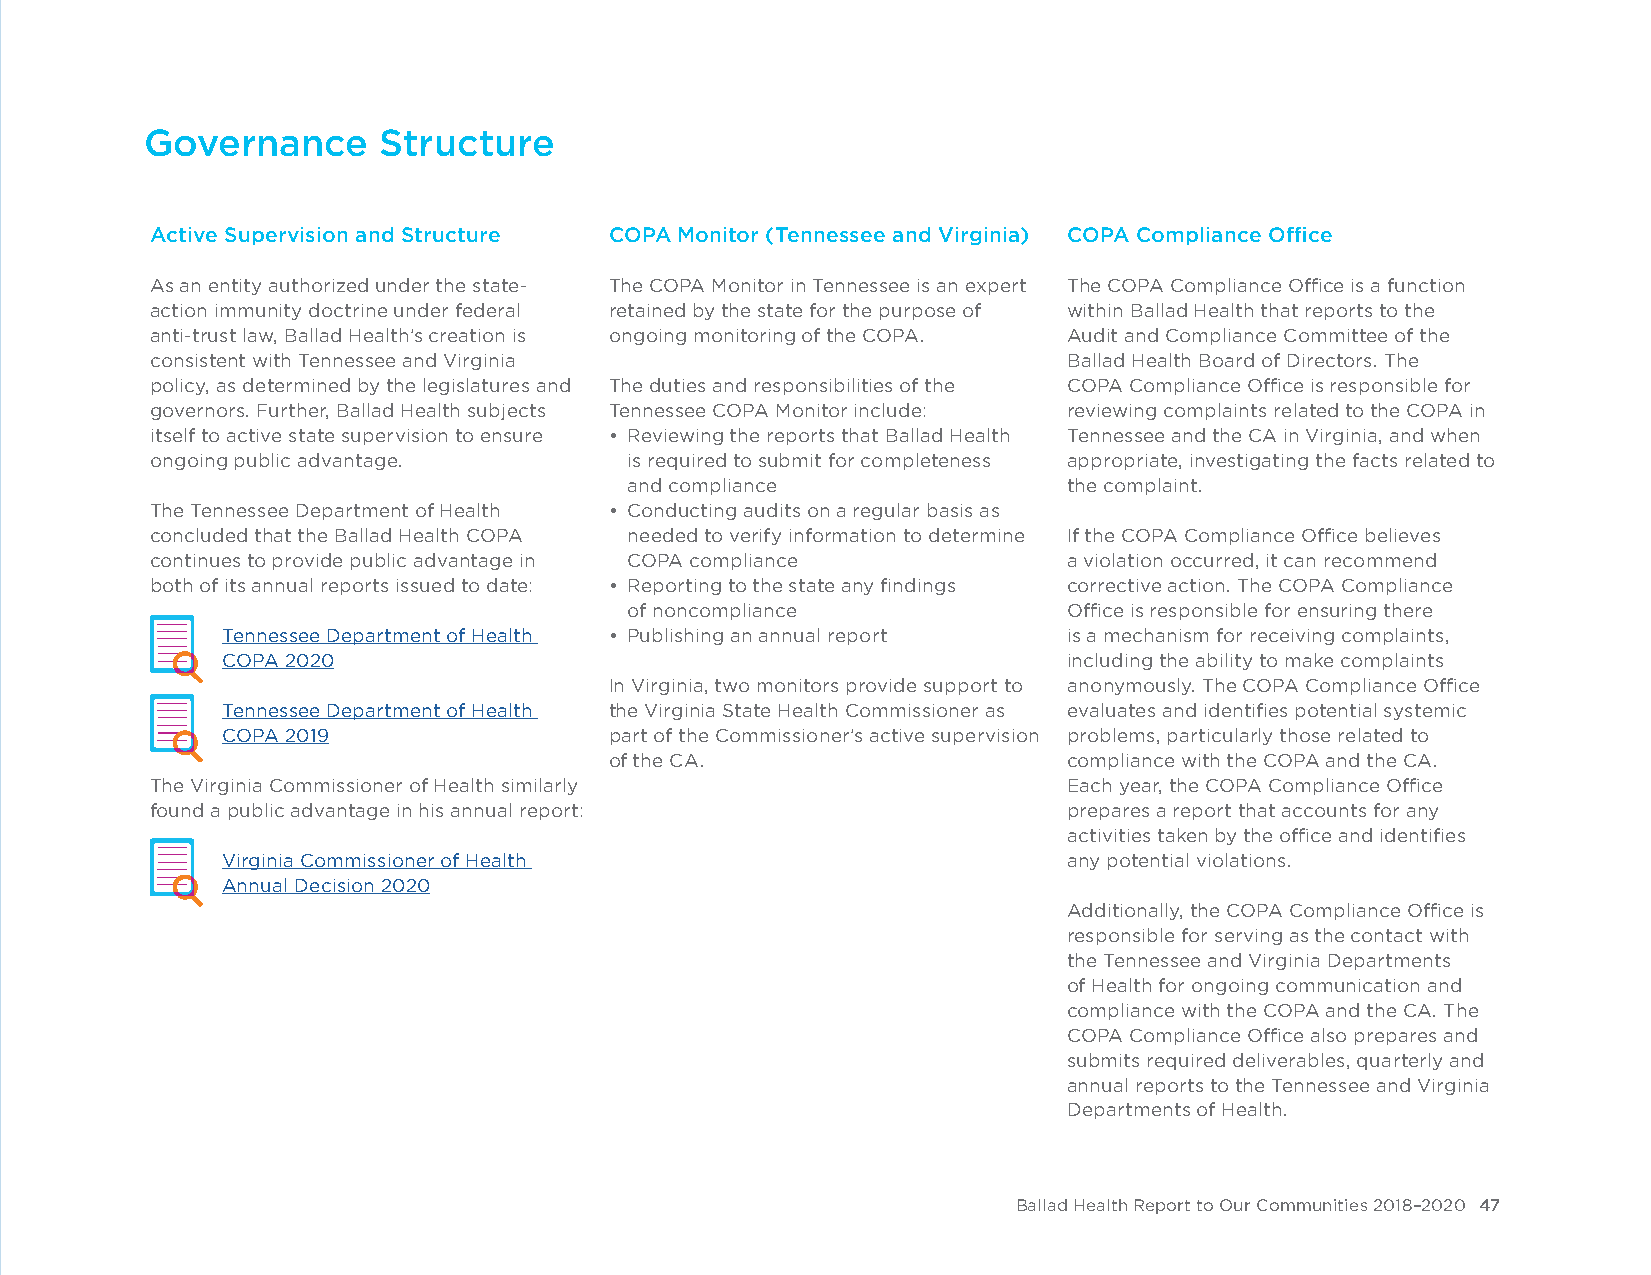
Governance     Structure
 Active Supervision and Structure COPA Monitor (Tennessee and Virginia) COPA Compliance Office
 As an entity authorized under the state- The COPA Monitor in Tennessee is an expert The COPA Compliance Office is a function
 action immunity doctrine under federal retained by the state for the purpose of within Ballad Health that reports to the
 anti-trust law, Ballad Health’s creation is ongoing monitoring of the COPA. Audit and Compliance Committee of the
 consistent with Tennessee and Virginia                       Ballad Health Board of Directors. The
 policy, as determined by the legislatures and The duties and responsibilities of the COPA Compliance Office is responsible for
 governors. Further, Ballad Health subjects Tennessee COPA Monitor include: reviewing complaints related to the COPA in
 itself to active state supervision to ensure • Reviewing the reports that Ballad Health Tennessee and the CA in Virginia, and when
 ongoing public advantage.       is required to submit for completeness appropriate, investigating the facts related to
 and compliance               the complaint.
 The Tennessee Department of Health • Conducting audits on a regular basis as
 concluded that the Ballad Health COPA needed to verify information to determine If the COPA Compliance Office believes
 continues to provide public advantage in COPA compliance     a violation occurred, it can recommend
 both of its annual reports issued to date: • Reporting to the state any findings corrective action. The COPA Compliance
 of noncompliance             Office is responsible for ensuring there
 Tennessee Department of Health • Publishing an annual report is a mechanism for receiving complaints,
 COPA 2020                                               including the ability to make complaints
 In Virginia, two monitors provide support to anonymously. The COPA Compliance Office
 Tennessee Department of Health the Virginia State Health Commissioner as evaluates and identifies potential systemic
 COPA 2019                part of the Commissioner’s active supervision problems, particularly those related to
 of the CA.                     compliance with the COPA and the CA.
 The Virginia Commissioner of Health similarly                Each year, the COPA Compliance Office
 found a public advantage in his annual report:               prepares a report that accounts for any
 activities taken by the office and identifies
 Virginia Commissioner of Health                         any potential violations.
 Annual Decision 2020
 Additionally, the COPA Compliance Office is
 responsible for serving as the contact with
 the Tennessee and Virginia Departments
 of Health for ongoing communication and
 compliance with the COPA and the CA. The
 COPA Compliance Office also prepares and
 submits required deliverables, quarterly and
 annual reports to the Tennessee and Virginia
 Departments of Health.
 Ballad Health Report to Our Communities 2018–2020 47